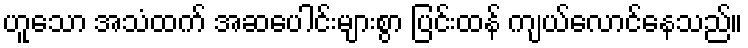
ဟူသော အသံထက် အဆပေါင်းများစွာ ပြင်းထန် ကျယ်လောင်နေသည်။